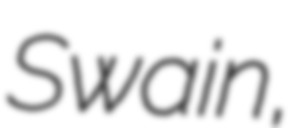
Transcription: Swain,